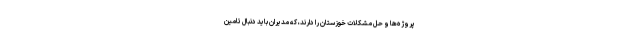
پروژه‌ها و حل مشکلات خوزستان را دارند، که مدیران باید دنبال تامین